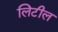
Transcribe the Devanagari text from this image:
लिटील